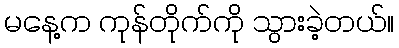
မနေ့က ကုန်တိုက်ကို သွားခဲ့တယ်။